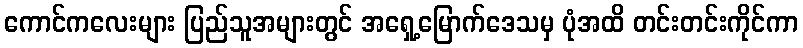
ကောင်ကလေးများ ပြည်သူအများတွင် အရှေ့မြောက်ဒေသမှ ပုံအထိ တင်းတင်းကိုင်ကာ